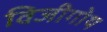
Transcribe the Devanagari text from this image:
विजीगोथ